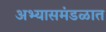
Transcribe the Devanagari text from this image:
अभ्यासमंडळात